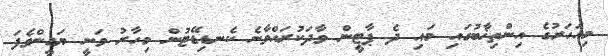
މިއަހަރުގެ އިންތިޚާބުގައި މައި ދެ ޕާޓީން ވާދަކުރައްވާނެ ކެނޑިޑޭޓުން މިހާރު ވަނީ ޔަގީންވެފަ